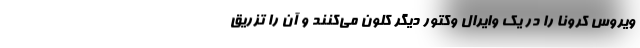
ویروس کرونا را در یک وایرال وکتور دیگر کلون می‌کنند و آن را تزریق